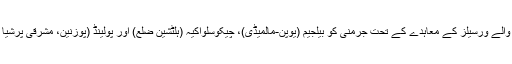
7 مئی 1919 کو جرمن سربراہان کو پیش ہونے والے ورسیلز کے معاہدے کے تحت جرمنی کو بیلجیم (یوپن-مالمیڈی)، چیکوسلواکیہ (ہلٹشین ضلع) اور پولینڈ (پوزنین، مشرقی پرشیا اور اپر سائلیسیا) کو اپنے علاقہ جات دینے پڑے۔